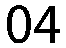
04